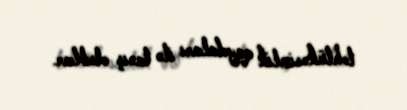
təhlükəsizlik qaydaları ilə tanış olublar.